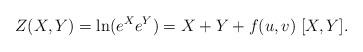
LaTeX: \begin{align*}Z(X,Y)=\ln( e^X e^Y ) = X+Y+ f(u,v) \; [X,Y].\end{align*}